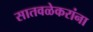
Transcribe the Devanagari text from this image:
सातवळेकरांना